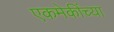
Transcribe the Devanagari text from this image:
एकमेकींच्या